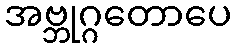
အဗ္ဘုဂ္ဂတောပေ